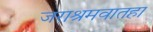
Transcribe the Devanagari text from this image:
जराश्रमवातहा